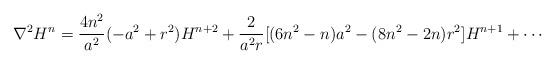
LaTeX: \begin{align*}\nabla^2 H^n=\frac{4 n^2}{a^2}(-a^2 +r^2) H^{n+2}+\frac{2}{a^2 r}[(6 n^2-n)a^2-(8n^2-2n)r^2] H^{n+1}+\cdots\end{align*}